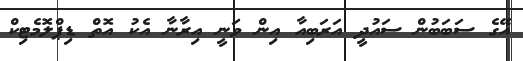
އޭގެ ސަބަބުން ސައުދީ އަރަބިއާ އިން ވަނީ އިރާނާ އެކު އޮތް ޑިޕްލޮމެޓިކް